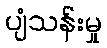
ပျံသန်းမှု